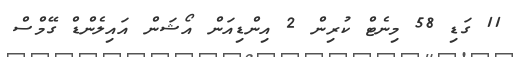
11 ގަޑި 58 މިނެޓް ކުރިން 2 އިންޑިއަން އޯޝަން އައިލެންޑް ގޭމްސް